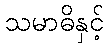
သမာဓိနှင့်